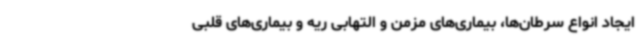
ایجاد انواع سرطان‌ها، بیماری‌های مزمن و التهابی ریه و بیماری‌های قلبی